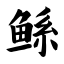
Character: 鲧